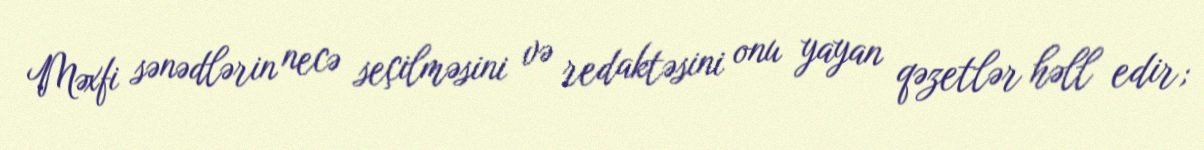
Məxfi sənədlərin necə seçilməsini və redaktəsini onu yayan qəzetlər həll edir;